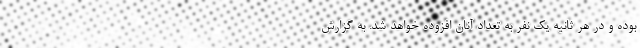
بوده و در هر ثانیه یک نفر به تعداد آنان افزوده خواهد شد. به گزارش